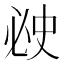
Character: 𰑗